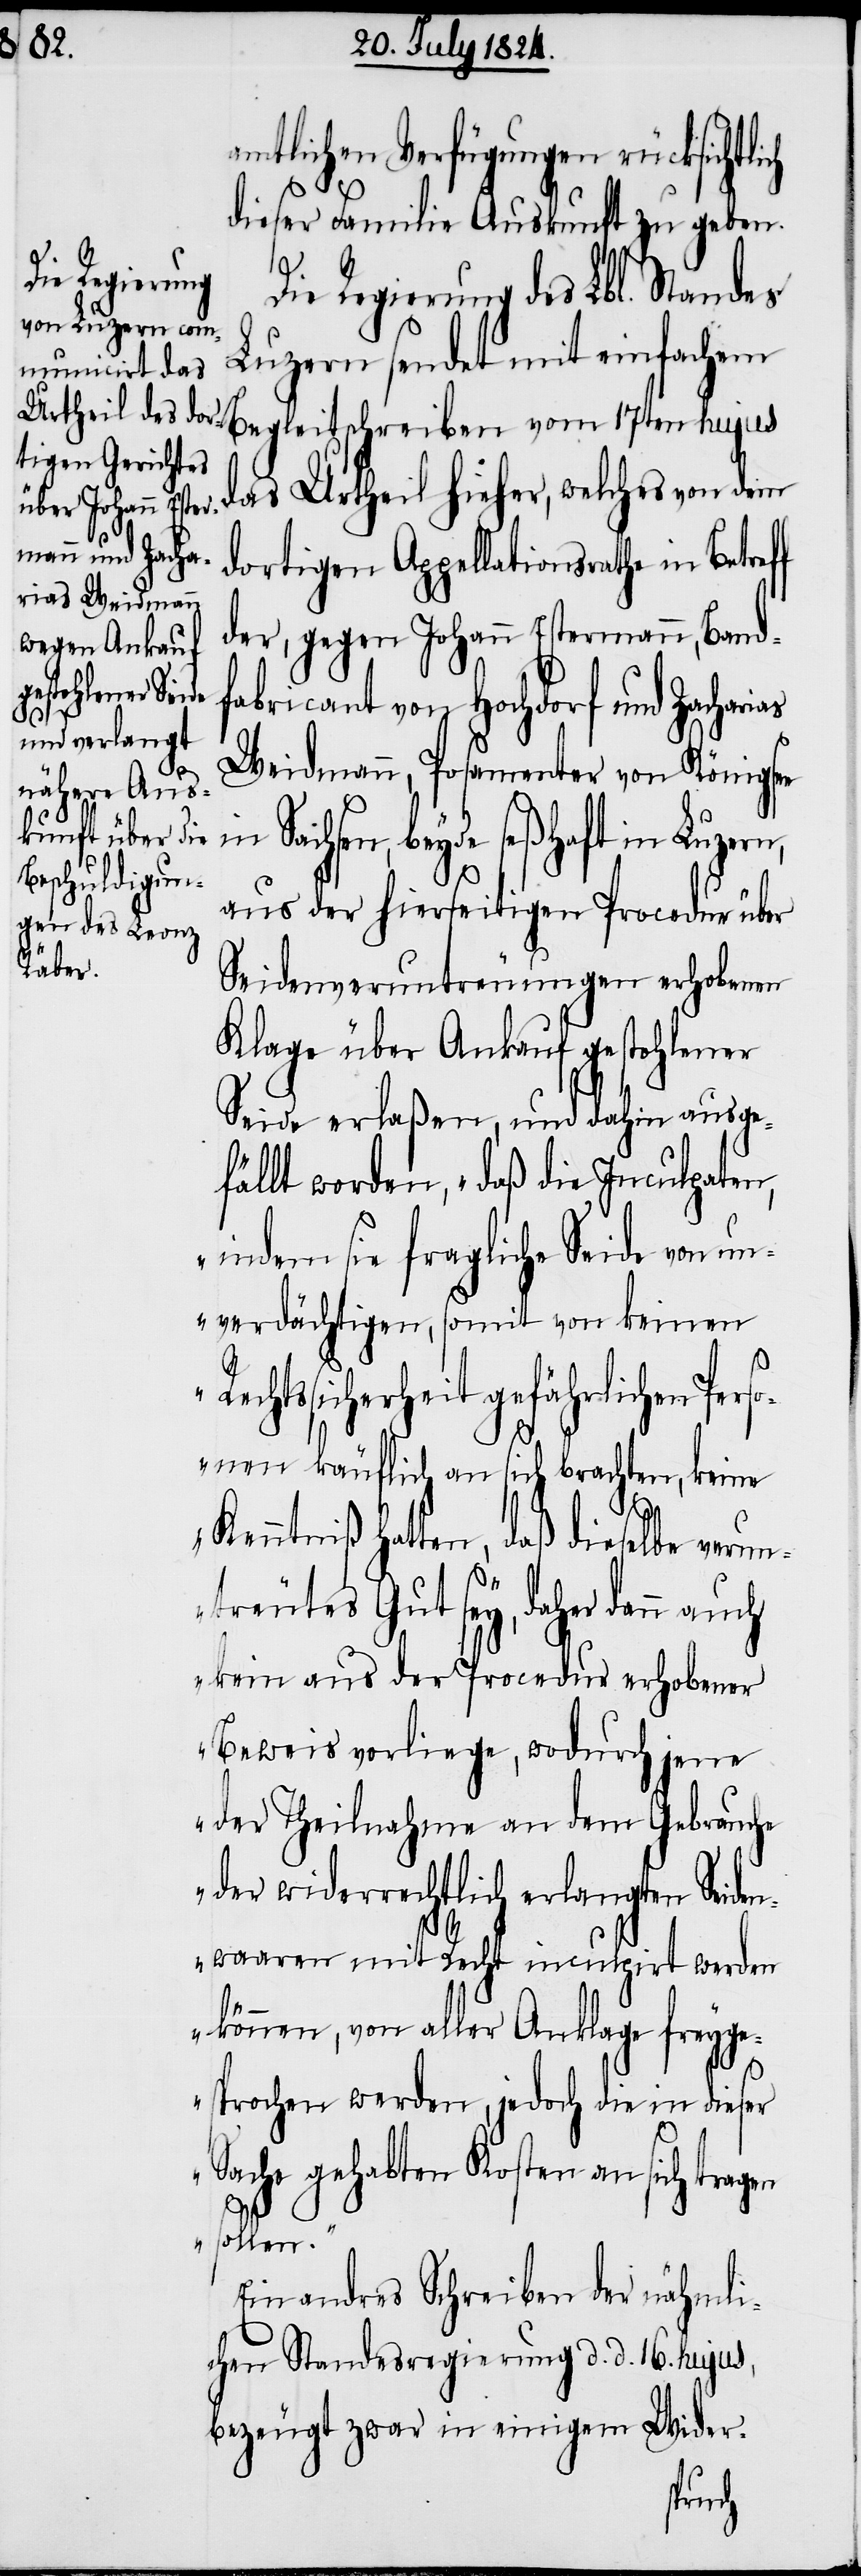
Lbl.
ie Regierung
ch

amtlichen Verfügungen rücksichtli¬
dieser Familie Auskunft zu geben.
Luzern sendet mit einfachem
Begleitschreiben vom 17ten hujus
das Urtheil hieher, welches von dem
dortigen Appellationsrathe in
der, gegen Johann Estermann, Band¬
fabricant von Hochdorf und Zacharias
Weidmann, Posamenter von Königse¬
Sachsen, beyde seßhaft in
aus der hierseitigen Procedur über
Seidenveruntreuungen erhobenen
Klage über Ankauf gestohlener
Seide erlaßen, und dahin ausge¬
fällt worden, „daß die Inculpaten,
indem sie fragliche Seide von un¬
verdächtigen, somit von keinen
chtssicherheit gefährlichen Pers¬
onen käuflich an sich brachten, keine
Kenntniß hatten, daß dieselbe verun¬
treutes Gut sey, daher dann
kein aus der Procedur erhobener
Beweis vorliege, wodurch jene
der Theilnahme an dem Gebrauche
oder widerrechtlich erlangten Seiden¬
waaren mit Recht inculpirt werden
Re¬
können, von aller Anklage freyges¬
prochen werden, jedoch die in dieser
Sache gehabten Kosten an sich tragen
sollen.“
Ein andres Schreiben der nähmli¬
chen Standesregierung d. d. 16. hujus,
bezeugt zwar in einigem Wider-
auch